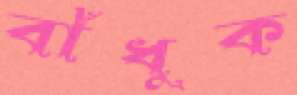
বাঁধুক